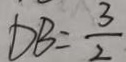
D B = \frac { 3 } { 2 }